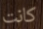
كانت